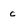
Character: c